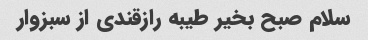
سلام صبح بخیر طیبه رازقندی از سبزوار